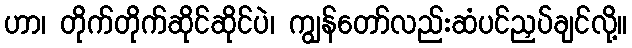
ဟာ၊ တိုက်တိုက်ဆိုင်ဆိုင်ပဲ၊ ကျွန်တော်လည်းဆံပင်ညှပ်ချင်လို့။